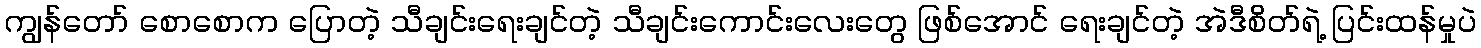
ကျွန်တော် စောစောက ပြောတဲ့ သီချင်းရေးချင်တဲ့ သီချင်းကောင်းလေးတွေ ဖြစ်အောင် ရေးချင်တဲ့ အဲဒီစိတ်ရဲ့ ပြင်းထန်မှုပဲ